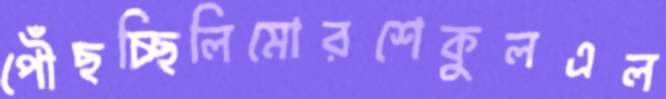
পৌঁছচ্ছিলিমোরশেকুলএল